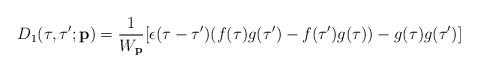
LaTeX: \begin{align*}D_1(\tau ,\tau ';{\bf p})=\frac{1}{W_{\bf p}}[\epsilon (\tau -\tau')(f(\tau ) g(\tau ')-f(\tau ')g(\tau ))-g(\tau )g(\tau ')]\end{align*}